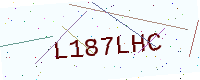
Text: L187LHC